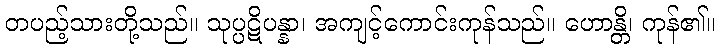
တပည့်သားတို့သည်။ သုပ္ပဋိပန္နာ၊ အကျင့်ကောင်းကုန်သည်။ ဟောန္တိ၊ ကုန်၏။